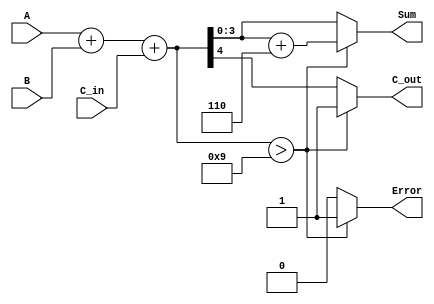
module BCD_Redundant_Binary_Adder (
    input  wire [3:0] A,      // First BCD digit
    input  wire [3:0] B,      // Second BCD digit
    input  wire C_in,         // Carry input
    output reg  [3:0] Sum,    // Resulting BCD digit
    output reg  C_out,        // Carry output
    output reg  Error         // Error flag
);

    // Internal wires for sum and carry
    wire [4:0] full_sum;      // 5 bits to accommodate carry-out
    wire [3:0] corrected_sum; // Sum after BCD correction

    // Initial addition
    assign full_sum = A + B + C_in;

    // BCD correction logic: add 6 (0110) if result exceeds 9
    always @(*) begin
        if (full_sum > 9) begin
            Sum = full_sum + 4'b0110;  // Add 6 to convert to valid BCD
            C_out = 1;                  // Set carry-out
            Error = 1;                  // Set error flag
        end else begin
            Sum = full_sum[3:0];        // Take the lower 4 bits as valid sum
            C_out = full_sum[4];        // Carry-out from the 5-bit sum
            Error = 0;                  // No error in BCD sum
        end
    end

endmodule